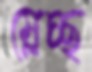
ম্লেচ্ছ